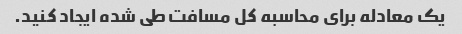
یک معادله برای محاسبه کل مسافت طی شده ایجاد کنید.